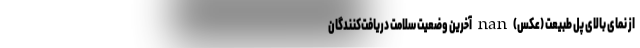
از نمای بالای پل طبیعت (عکس) nan آخرین وضعیت سلامت دریافت‌کنندگان